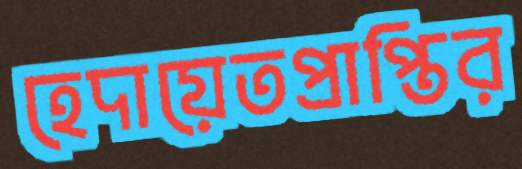
হেদায়েতপ্রাপ্তির